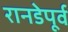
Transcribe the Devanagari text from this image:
रानडेपूर्व